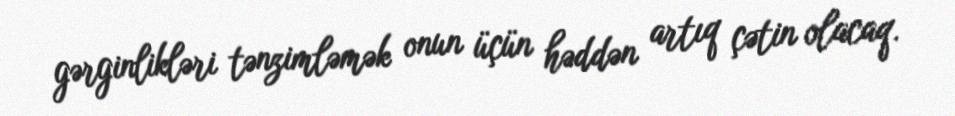
gərginlikləri tənzimləmək onun üçün həddən artıq çətin olacaq.